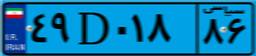
۴۹D۰۱۸۸۶